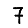
Digit: 7